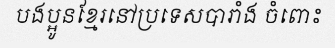
បងប្អូនខ្មែរនៅប្រទេសបារាំង ចំពោះ